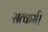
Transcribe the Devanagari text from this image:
सत्कर्म।